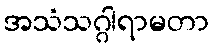
အသံသဂ္ဂါရာမတာ